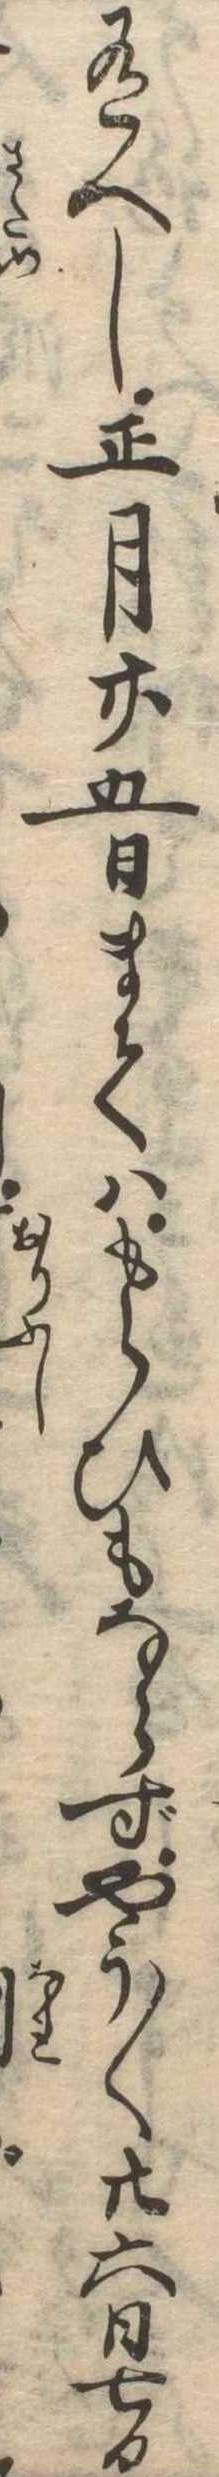
有へし正月廿五日まてはもらひもならずやう〱廿六日七日